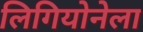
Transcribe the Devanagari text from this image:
लिगियोनेला